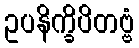
ဥပနိက္ခိပိတဗ္ဗံ